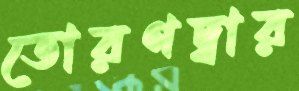
তোরণদ্বার